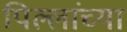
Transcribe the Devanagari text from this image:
पिल्लांच्या